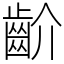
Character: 齘